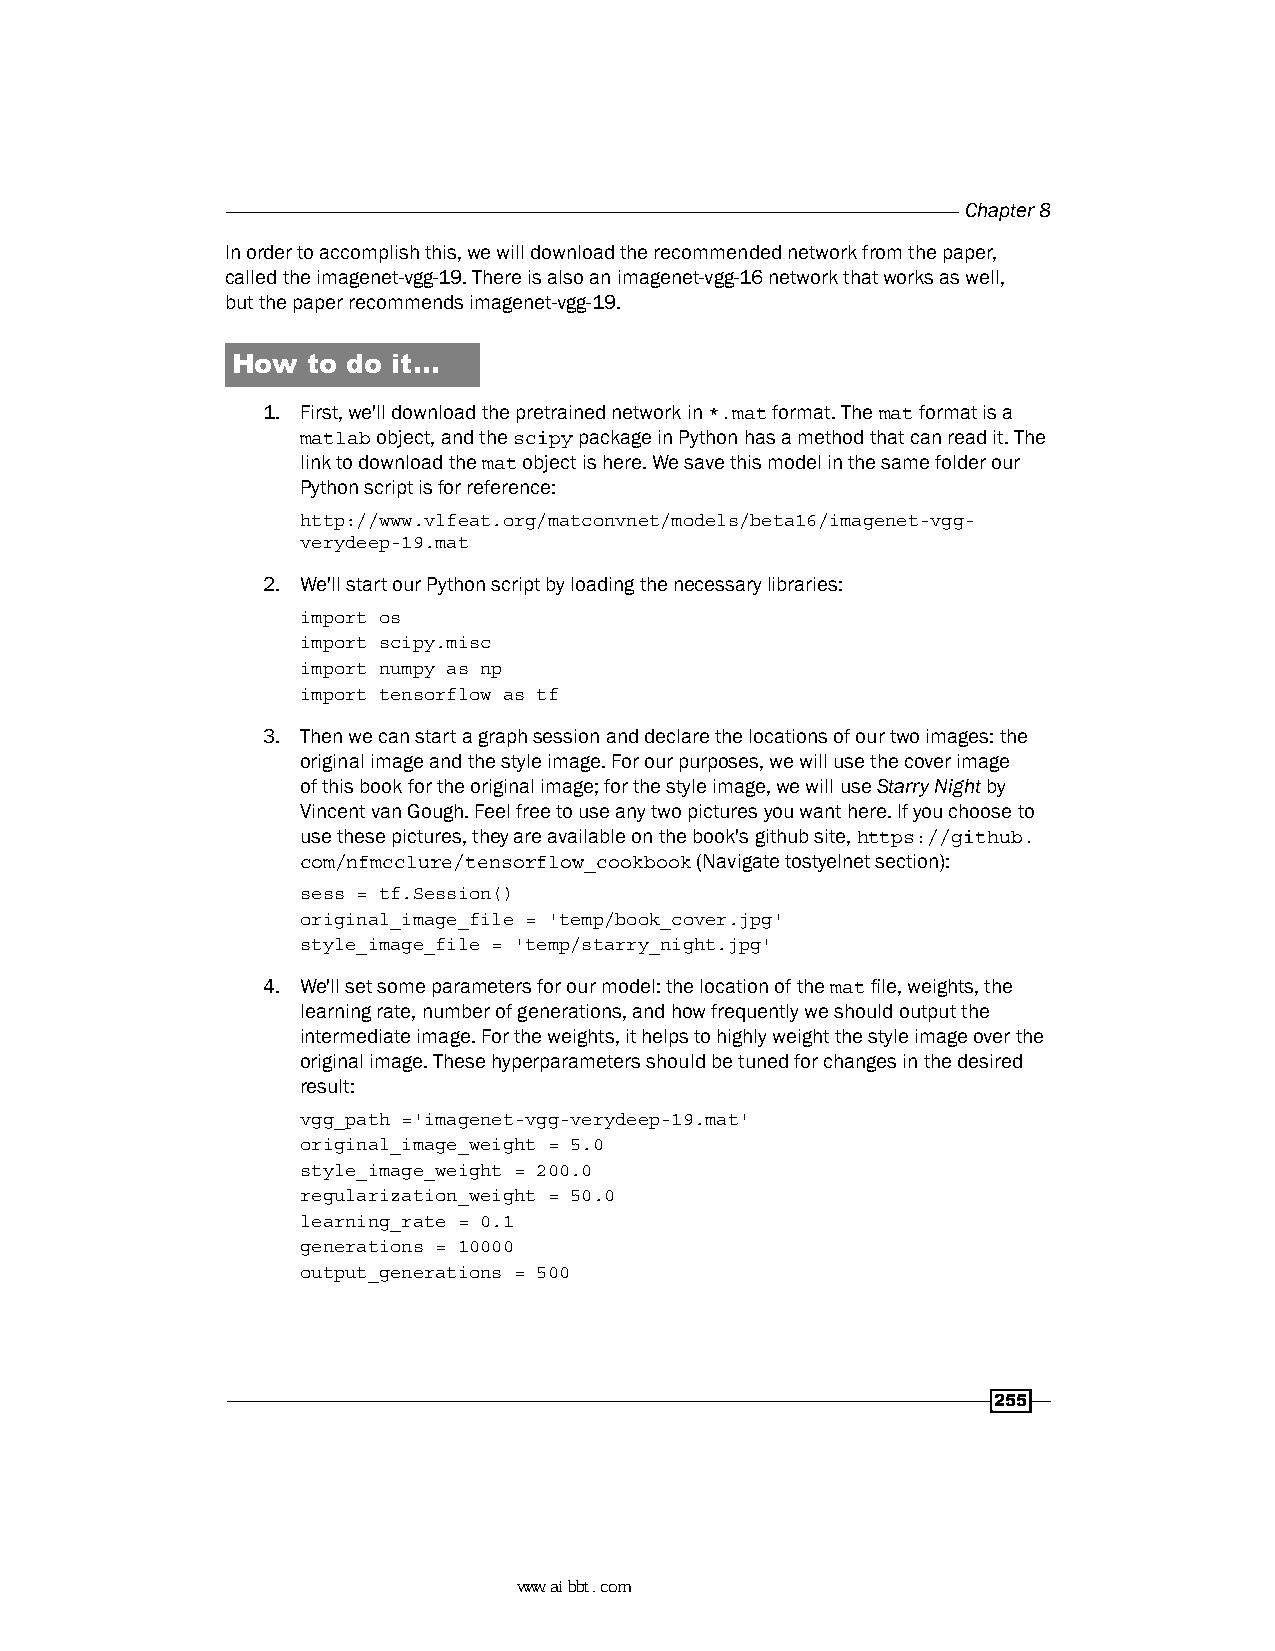
Chapter 8
 In order to accomplish this, we will download the recommended network from the paper,
 called the imagenet-vgg-19. There is also an imagenet-vgg-16 network that works as well,
 but the paper recommends imagenet-vgg-19.
 How  to do it…
 1. First, we'll download the pretrained network in *.mat format. The mat format is a
 matlab object, and the scipy package in Python has a method that can read it. The
 link to download the mat object is here. We save this model in the same folder our
 Python script is for reference:
 http://www.vlfeat.org/matconvnet/models/beta16/imagenet-vgg-
 verydeep-19.mat
 2. We'll start our Python script by loading the necessary libraries:
 import os
 import scipy.misc
 import numpy as np
 import tensorflow as tf
 3. Then we can start a graph session and declare the locations of our two images: the
 original image and the style image. For our purposes, we will use the cover image
 of this book for the original image; for the style image, we will use Starry Night by
 Vincent van Gough. Feel free to use any two pictures you want here. If you choose to
 use these pictures, they are available on the book's github site, https://github.
 com/nfmcclure/tensorflow_cookbook (Navigate tostyelnet section):
 sess = tf.Session()
 original_image_file = 'temp/book_cover.jpg'
 style_image_file = 'temp/starry_night.jpg'
 4. We'll set some parameters for our model: the location of the mat file, weights, the
 learning rate, number of generations, and how frequently we should output the
 intermediate image. For the weights, it helps to highly weight the style image over the
 original image. These hyperparameters should be tuned for changes in the desired
 result:
 vgg_path ='imagenet-vgg-verydeep-19.mat'
 original_image_weight = 5.0
 style_image_weight = 200.0
 regularization_weight = 50.0
 learning_rate = 0.1
 generations = 10000
 output_generations = 500
 255
 www.aibbt.com 让未来触手可及